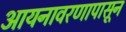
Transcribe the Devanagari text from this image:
आयनावरणापासून